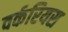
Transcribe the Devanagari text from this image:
वर्करियस